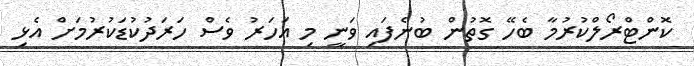
ކޮންޓްރޯލްކުރުމާ ބެހޭ ގޮތުން ބުނެފައި ވަނީ މި އަހަރު ވެސް ހަރަދުކުޑަކުރުމަށް އެޅި